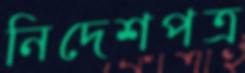
নিদেশপত্র